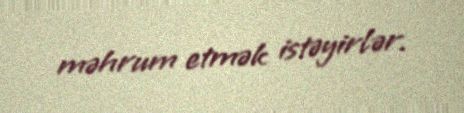
məhrum etmək istəyirlər.